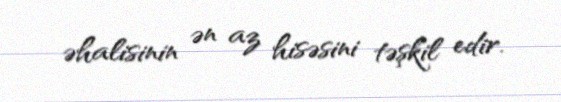
əhalisinin ən az hisəsini təşkil edir.